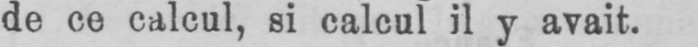
de ce calcul, si calcul il y avait.